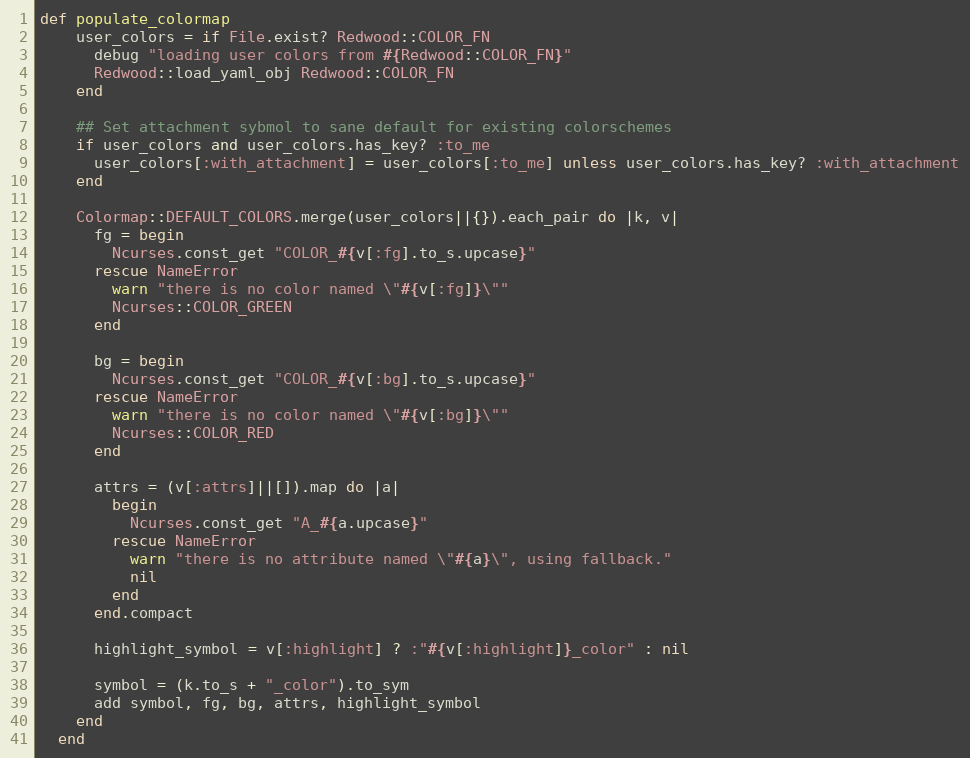
Language: Ruby
def populate_colormap
    user_colors = if File.exist? Redwood::COLOR_FN
      debug "loading user colors from #{Redwood::COLOR_FN}"
      Redwood::load_yaml_obj Redwood::COLOR_FN
    end

    ## Set attachment sybmol to sane default for existing colorschemes
    if user_colors and user_colors.has_key? :to_me
      user_colors[:with_attachment] = user_colors[:to_me] unless user_colors.has_key? :with_attachment
    end

    Colormap::DEFAULT_COLORS.merge(user_colors||{}).each_pair do |k, v|
      fg = begin
        Ncurses.const_get "COLOR_#{v[:fg].to_s.upcase}"
      rescue NameError
        warn "there is no color named \"#{v[:fg]}\""
        Ncurses::COLOR_GREEN
      end

      bg = begin
        Ncurses.const_get "COLOR_#{v[:bg].to_s.upcase}"
      rescue NameError
        warn "there is no color named \"#{v[:bg]}\""
        Ncurses::COLOR_RED
      end

      attrs = (v[:attrs]||[]).map do |a|
        begin
          Ncurses.const_get "A_#{a.upcase}"
        rescue NameError
          warn "there is no attribute named \"#{a}\", using fallback."
          nil
        end
      end.compact

      highlight_symbol = v[:highlight] ? :"#{v[:highlight]}_color" : nil

      symbol = (k.to_s + "_color").to_sym
      add symbol, fg, bg, attrs, highlight_symbol
    end
  end